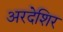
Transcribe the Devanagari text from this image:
अरदेशिर